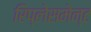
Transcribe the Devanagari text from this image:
रिप्लेसमेन्ट